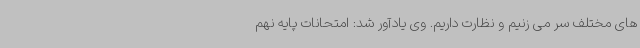
های مختلف سر می زنیم و نظارت داریم. وی یادآور شد: امتحانات پایه نهم